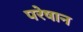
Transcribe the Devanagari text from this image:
परेषान